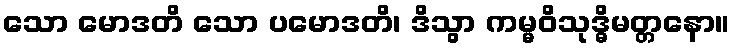
သော မောဒတိ သော ပမောဒတိ၊ ဒိသွာ ကမ္မဝိသုဒ္ဓိမတ္တနော။